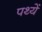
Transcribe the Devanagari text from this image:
पथ्यें